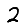
Digit: 2